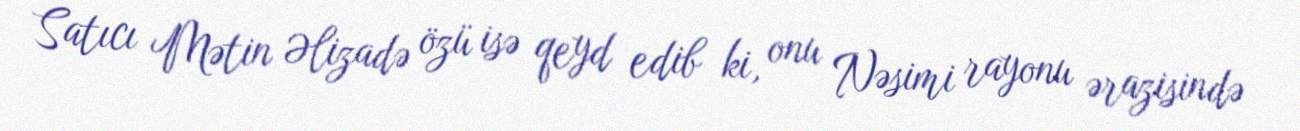
Satıcı Mətin Əlizadə özü isə qeyd edib ki, onu Nəsimi rayonu ərazisində